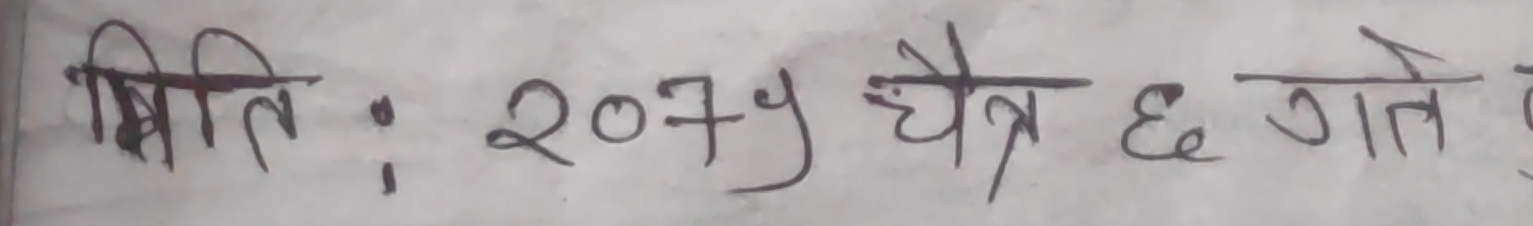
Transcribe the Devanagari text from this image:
मिति : २०७५ चैत्र ६ गते